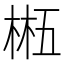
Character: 𬃂